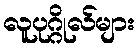
လူပုဂ္ဂိုလ်များ